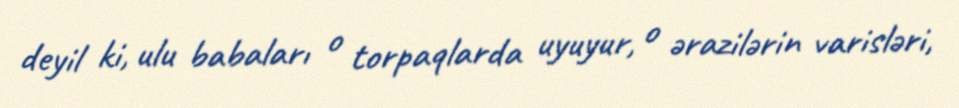
deyil ki, ulu babaları o torpaqlarda uyuyur, o ərazilərin varisləri,